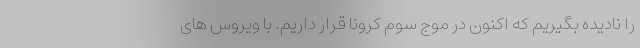
را نادیده بگیریم که اکنون در موج سوم کرونا قرار داریم. با ویروس های